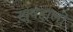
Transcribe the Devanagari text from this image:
ख़ुषहाली